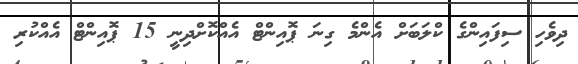
ދިވެހި ސިފައިންގެ ކްލަބަށް އެންމެ ގިނަ ޕޮއިންޓް އެއްކޮށްދިނީ 15 ޕޮއިންޓް އެއްކުރި